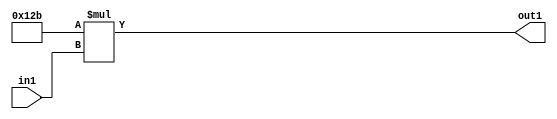
`timescale 1ps / 1ps
/*****************************************************************************
    Verilog RTL Description
    
    
    Created by: Stratus DpOpt 2019.1.01 
*******************************************************************************/

module ColorTransform_Mul2i299u8_1 (
	in1,
	out1
	); /* architecture "behavioural" */ 
input [7:0] in1;
output [16:0] out1;
wire [16:0] asc001;

assign asc001 = 
	+(17'B00000000100101011 * in1);

assign out1 = asc001;
endmodule

/* CADENCE  ubDzTg0= : u9/ySgnWtBlWxVPRXgAZ4Og= ** DO NOT EDIT THIS LINE ******/